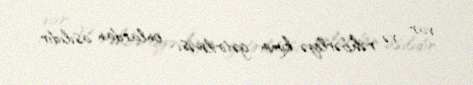
var və rəhbərliyə kimin gətirilməsi onlardan asılıdır.